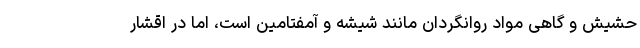
حشیش و گاهی مواد روانگردان مانند شیشه و آمفتامین است، اما در اقشار